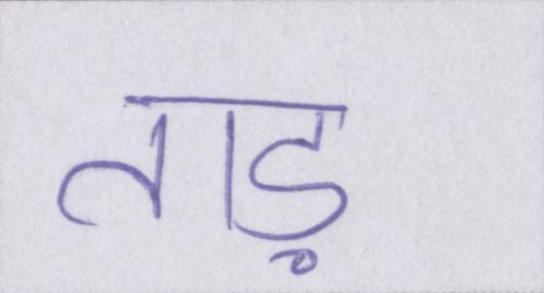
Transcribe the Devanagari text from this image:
ताड़